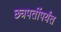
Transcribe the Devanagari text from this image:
छत्रपतींपर्यंत